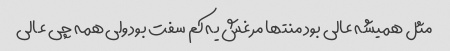
مثل همیشه عالی بود منتها مرغش یه کم سفت بود ولی همه چی عالی